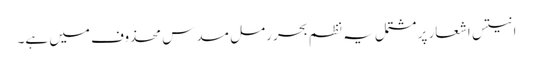
انتیس اشعار پر مشتمل یہ نظم بحر رمل مسدس محذوف میں ہے۔